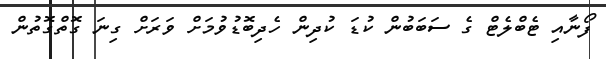
ފޯނާއި ޓެބްލެޓް ގެ ސަބަބުން ކުޑަ ކުދިން ހެދިބޮޑުވުމަށް ވަރަށް ގިނަ ގޮތްގޮތުން